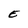
Character: E